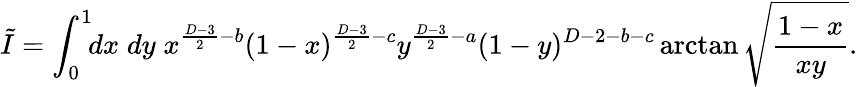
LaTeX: \tilde{I}=\int_{0}^{1}\! \! dx\; dy\; x^{\frac{D-3}{2}-b}(1-x)^{\frac{D-3}{2}-c}y^{\frac{D-3}{2}-a}(1-y)^{D-2-b-c}\arctan\sqrt{\frac{1-x}{xy}}.